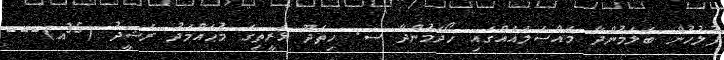
ފުލުހުން ބަލަމުންދާ މައްސަލައެއްގައި ހޯދަމުންދާ ސ. ހިތަދޫ ޅަރީތިގެ މުޙައްމަދު ރަޝީދު (35އ)---